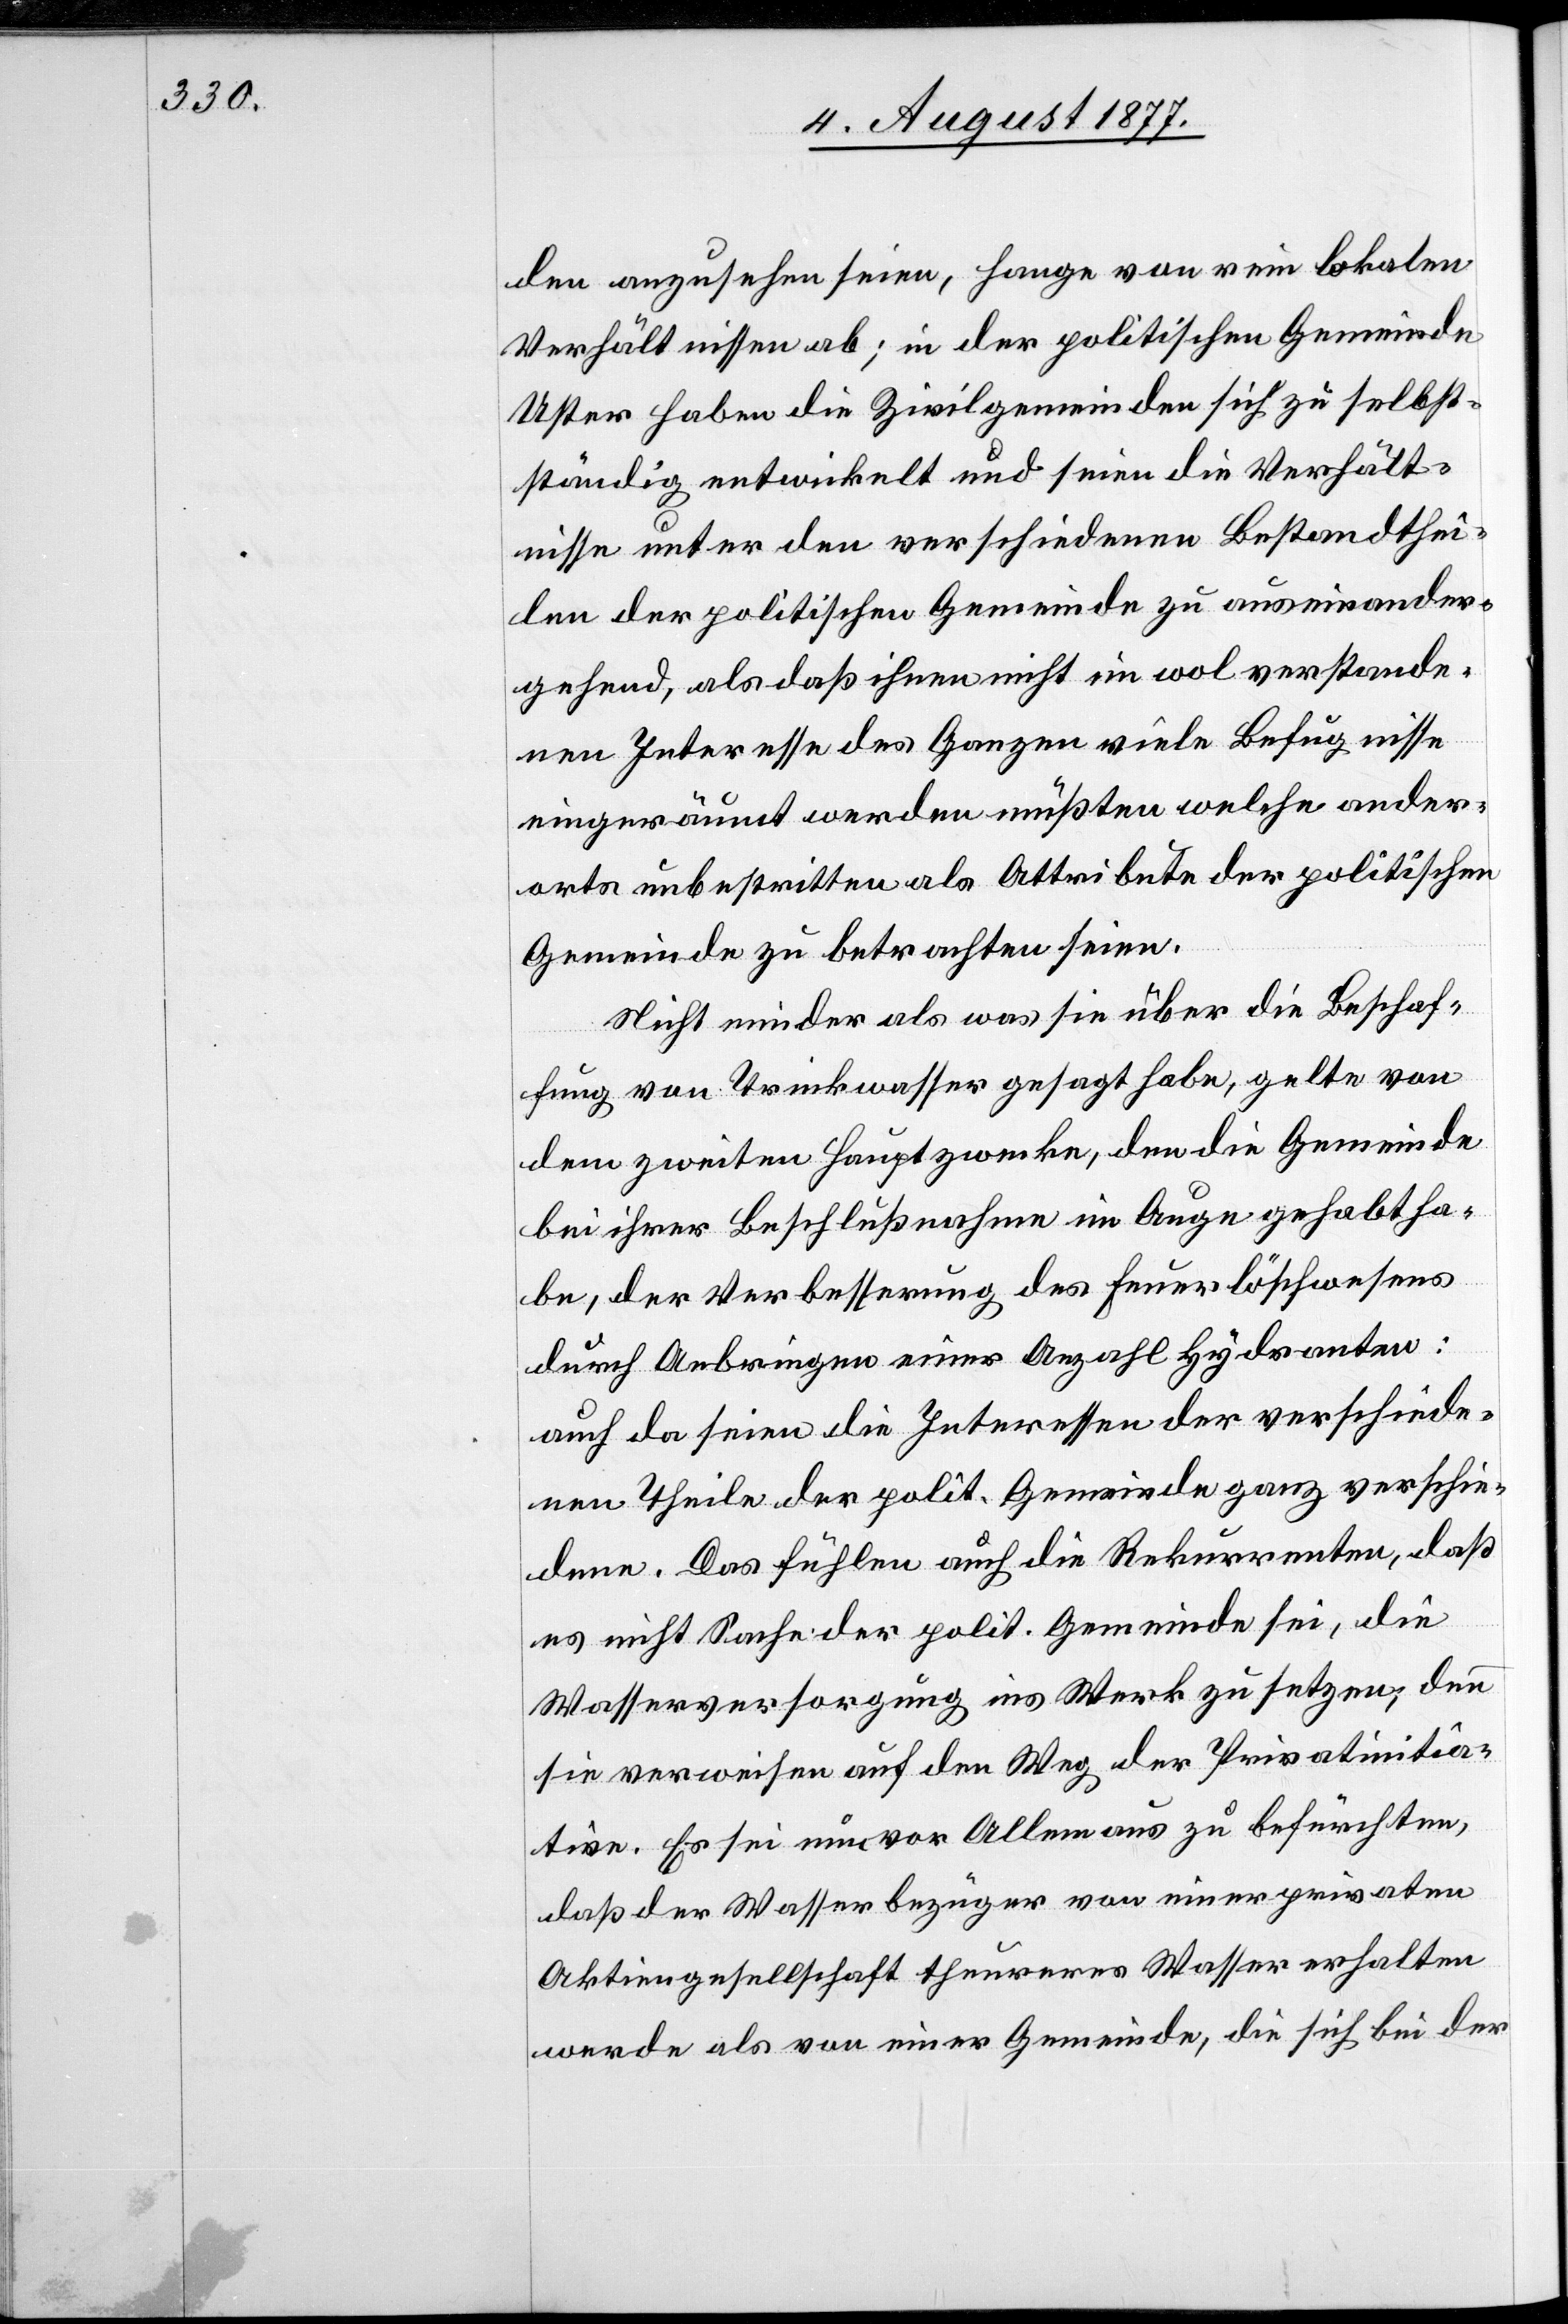
den anzusehen seien, hange von rein lokalen
Verhältnissen ab; in der politischen Gemeinde
Uster haben die Zivilgemeinden sich zu selbst¬
ständig entwickelt und seien die Verhält¬
nisse unter den verschiedenen Bestandthei¬
len der politischen Gemeinde zu auseinander¬
gehend, als daß ihnen nicht im wol verstande¬
nen Interesse des Ganzen viele Befugnisse
eingeräumt werden müßten welche ander¬
orts unbestritten als Attribute der politischen
Gemeinde zu betrachten seien.
Nicht minder als was sie über die Beschaf¬
fung von Trinkwasser gesagt habe, gelte von
dem zweiten Hauptzecke, den die Gemeinde
bei ihrer Beschlußnahme im Auge gehabt ha¬
be, der Verbesserung des Feuerlöschwesens
durch Anbringen einer Anzahl Hydranten:
auch da seien die Interessen der verschiede¬
nen Theile der polit. Gemeinde ganz verschie¬
dene. Das fühlen auch die Rekurrenten, daß
es nicht Sache der polit. Gemeinde sei, die
Wasserversorgung ins Werk zu setzen, denn
sie verweisen auf den Weg der Privatinitia¬
tive. Es sei nun vor Allem aus zu befürchten,
daß der Wasserbezüger von einer privaten
Aktiengesellschaft theureres Wasser erhalten
werde als von einer Gemeinde, die sich bei der